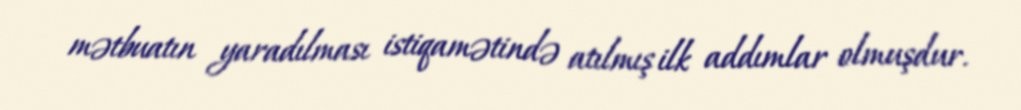
mətbuatın yaradılması istiqamətində atılmış ilk addımlar olmuşdur.